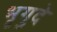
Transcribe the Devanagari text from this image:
भृगुदे